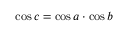
\cos c = \cos a \cdot \cos b